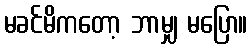
မခင်မိကတော့ ဘာမျှ မပြော။